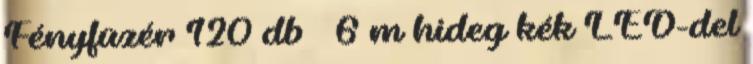
Fényfüzér 120 db 6 m hideg kék LED-del